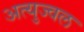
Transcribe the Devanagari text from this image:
अत्युज्वल